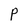
Character: P